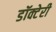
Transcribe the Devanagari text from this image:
डॉक्टेरी